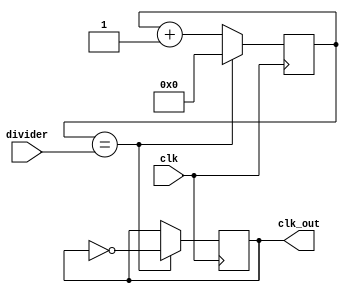
module clock_divider (
    input wire clk,
    input wire [7:0] divider,
    output reg clk_out
);

reg [7:0] counter;

always @(posedge clk) begin
    if (counter == divider) begin
        counter <= 0;
        clk_out <= ~clk_out;
    end else begin
        counter <= counter + 1;
    end
end

endmodule